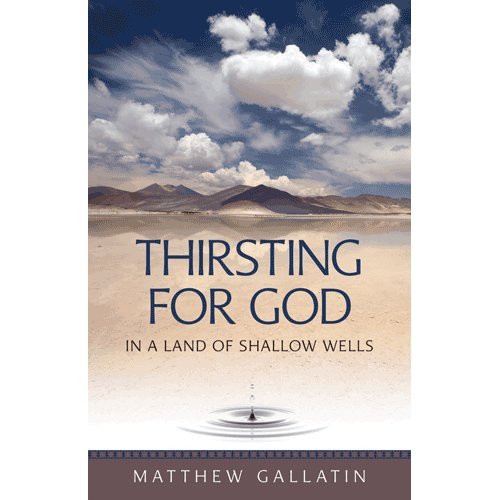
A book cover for Thirsting For God: in a Land of Shallow Wells; Matthew Gallatin; Christian Books & Bibles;